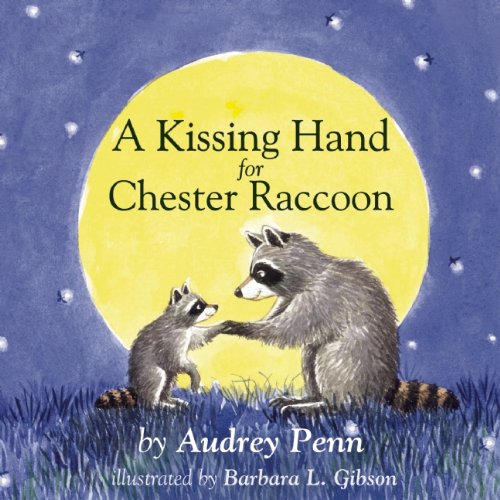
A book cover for A Kissing Hand for Chester Raccoon; Audrey Penn; Children's Books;